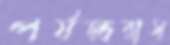
পর্যন্ত্ররাস্